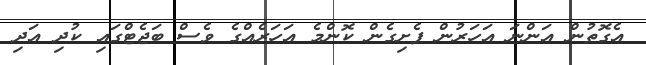
އެގޮތުން އަންނަ އަހަރުން ފެށިގެން ކޮންމެ އަހަރެއްގެ ވެސް ބަޖެޓްގައި ކުދި އަދި